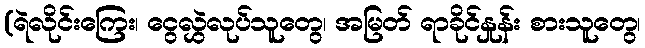
(ရဲလိုင်းကြေး၊ ငွေလွှဲလုပ်သူတွေ၊ အမြတ် ရာခိုင်နှုန်း စားသူတွေ၊